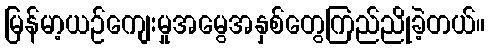
မြန်မာ့ယဉ်ကျေးမှုအမွေအနှစ်တွေကြည်ညိုခဲ့တယ်။